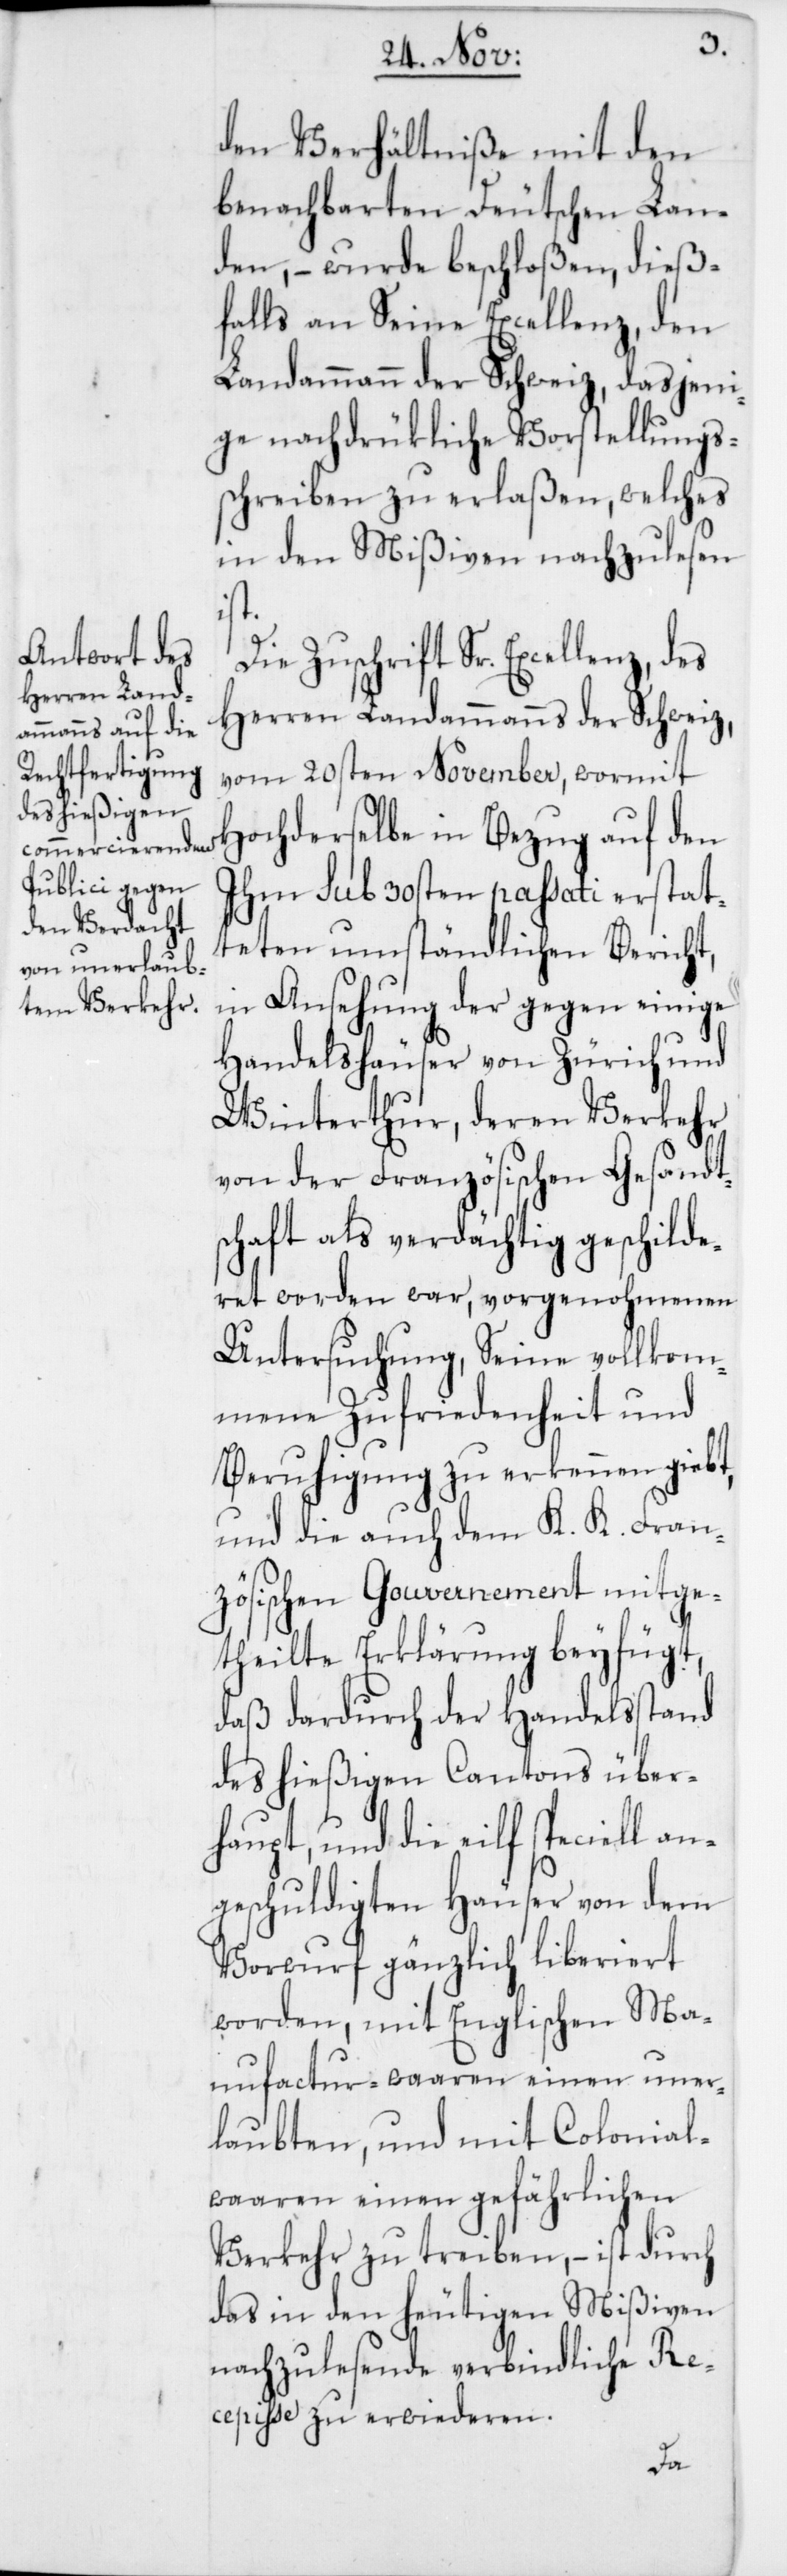
den Verhältniße mit den
benachbarten Deutschen Lan¬
den, – wurde beschloßen, dieß¬
falls an Seine Excellenz, den
Landammann der Schweiz, dasjeni¬
ge nachdrükliche Vorstellungs¬
schreiben zu erlaßen, welches
in den Mißiven nachzulesen
ist.
Die Zuschrift Sr. Excellenz, des
Herren Landammanns der Schweiz,
vom 20sten November, wormit
Hochderselbe in Bezug auf den
Ihm sub 30sten passati erstat¬
teten umständlichen Bericht,
in Ansehung der gegen einige
Handelshäuser von Zürich und
Winterthur, deren Verkehr
von der Französischen Gesandts¬
chaft als verdächtig geschilde¬
ret worden war, vorgenohmenen
Untersuchung, Seine vollkom¬
mene Zufriedenheit und
Beruhigung zu erkennen giebt,
und die auch dem K. K. Fran¬
zösischen Gouvernement mitge¬
theilte Erklärung beyfügt,
daß dardurch der Handelsstand
des hießigen Cantons über¬
haupt, und die eilf speciell an¬
geschuldigten Häuser von dem
Vorwurf gänzlich liberiert
worden, mit Englischen Ma¬
nufacturwaaren einen uner¬
laubten, und mit Colonial¬
waaren einen gefährlichen
Verkehr zu treiben, – ist durch
das in den heutigen Mißiven
nachzulesende verbindliche Re¬
cepisse zu erwiederen.